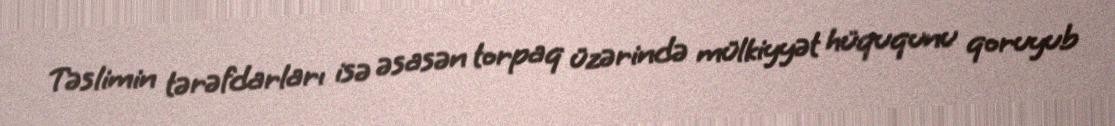
Təslimin tərəfdarları isə əsasən torpaq üzərində mülkiyyət hüququnu qoruyub